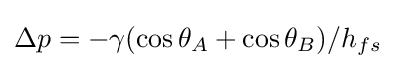
\Delta p=-\gamma (\cos \theta _{A}+\cos \theta _{B})/h_{fs}